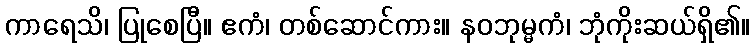
ကာရေသိ၊ ပြုစေပြီ။ ဧကံ၊ တစ်ဆောင်ကား။ နဝဘုမ္မကံ၊ ဘုံကိုးဆယ်ရှိ၏။